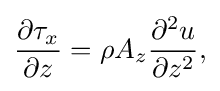
{\frac {\partial \tau _{x}}{\partial z}}=\rho A_{z}{\frac {\partial ^{2}u}{\partial z^{2}}},\,\!